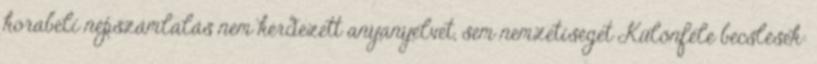
korabeli népszámlálás nem kérdezett anyanyelvet, sem nemzetiséget Különféle becslések: